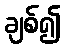
ချစ်၍